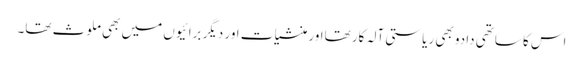
اس کا ساتھی دادو بھی ریاستی آلہ کار تھااور منشیات اور دیگر برائیوں میں بھی ملوث تھا۔